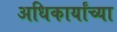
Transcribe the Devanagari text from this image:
अधिकार्यांच्या